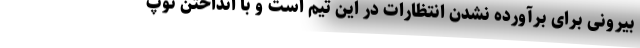
بیرونی برای برآورده نشدن انتظارات در این تیم است و با انداختن توپ